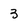
Character: 3